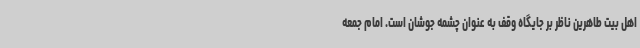
اهل بیت طاهرین ناظر بر جایگاه وقف به عنوان چشمه جوشان است. امام جمعه